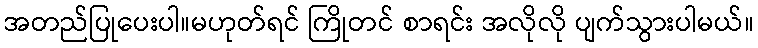
အတည်ပြုပေးပါ။မဟုတ်ရင် ကြိုတင် စာရင်း အလိုလို ပျက်သွားပါမယ်။